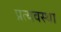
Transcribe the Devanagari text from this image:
प्रत्यवस्था